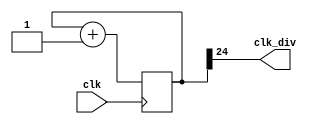
`timescale 1ns / 1ps
module clock_divider(clk,clk_div);
    input clk;
    output clk_div;
    parameter n = 25;
    reg[n-1:0]num;
    wire[n-1:0]next_num;
    always@(posedge clk)begin
        num <= next_num;
    end
    assign next_num = num + 1;
    assign clk_div = num[n-1];
endmodule

module lab3_2 (
    input clk,
    input rst,
    input speed,
    output led0,
    output led1
    );
    reg LD0,LD1;
    wire clk_div1,clk_div2,clk_div23,clk_div25;
	
    //directly use two clock in our mudule
	clock_divider #(25) div1(.clk(clk), .clk_div(clk_div25));
    clock_divider #(23) div2(.clk(clk), .clk_div(clk_div23));

    //change speed by switch    
    assign clk_div0 = (speed)?clk_div25 : clk_div23;
	assign clk_div1 = (speed)?clk_div23 : clk_div25;
    
    always@(posedge clk_div0 or posedge rst)begin
        if(rst) begin
            LD0 <= 1;//reset the led
        end else begin
            LD0 <= ~LD0;//toggle the led
        end
    end
    
    always@(posedge clk_div1 or posedge rst)begin
        if(rst) begin
            LD1 <= 1;
        end else begin
            LD1 <= ~LD1;
        end
    end

    //connect the register to wire
    assign led0 = LD0;
    assign led1 = LD1;
endmodule